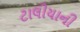
ટાલીયાની